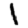
Digit: 1